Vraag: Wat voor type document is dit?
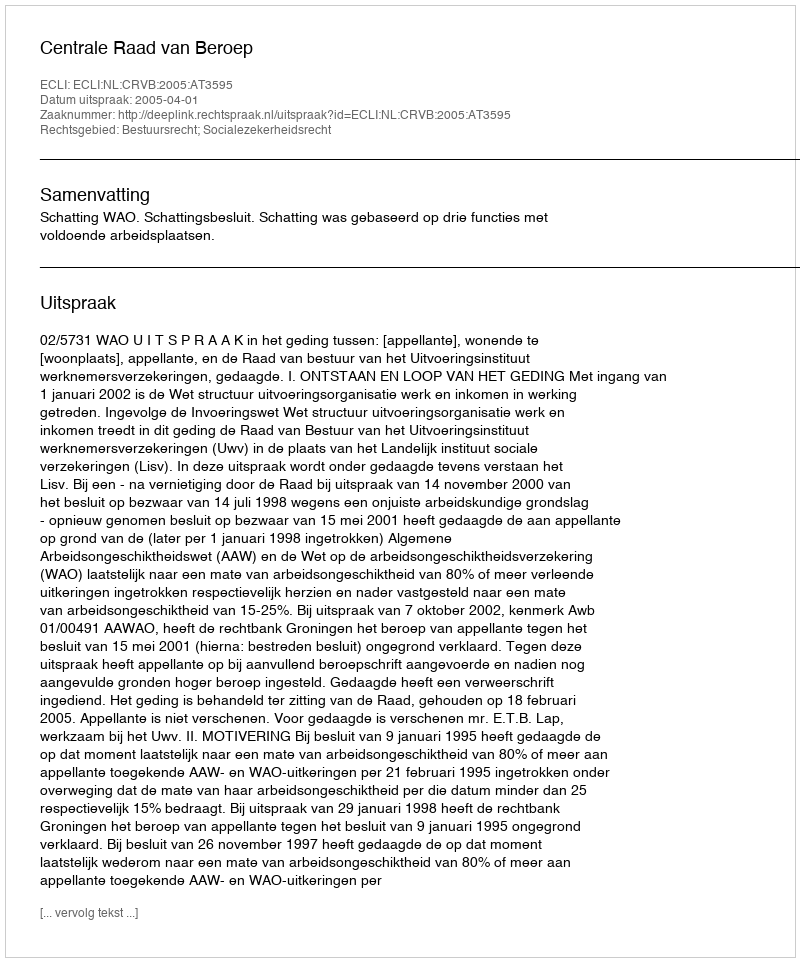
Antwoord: Uitspraak